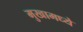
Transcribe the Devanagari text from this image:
मुखामध्ये